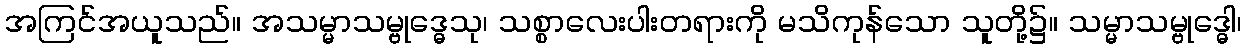
အကြင်အယူသည်။ အသမ္မာသမ္ဗုဒ္ဓေသု၊ သစ္စာလေးပါးတရားကို မသိကုန်သော သူတို့၌။ သမ္မာသမ္ဗုဒ္ဓေါ၊